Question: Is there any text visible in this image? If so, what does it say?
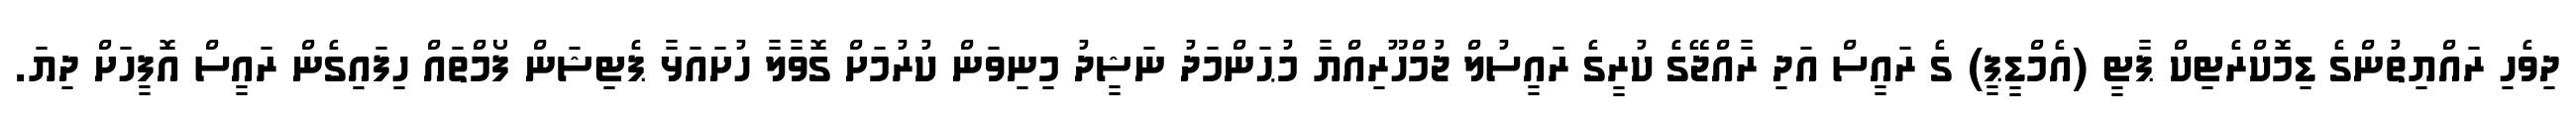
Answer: ދިވެހި ރައްޔިތުންގެ ޑިމޮކްރެޓިކް ޕާޓީ (އެމްޑީޕީ) ގެ ރައީސް އަދި ރާއްޖޭގެ ކުރީގެ ރައީސުލް ޖުމްހޫރިއްޔާ މުޙަންމަދު ނަޝީދު މިނިވަން ކުރުމަށް ގޮވާލާ ހުށައަޅާ ޕެޓިޝަން ފޯމްތައް ހިފައިގެން ރައީސް އޮފީހަށް ދިޔަ.